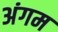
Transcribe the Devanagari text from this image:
अंगम